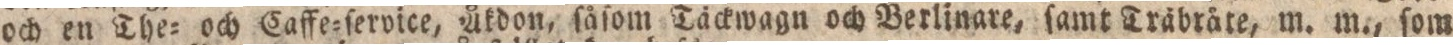
och en The= och Caffe=ſervice, Åkdon, ſåſom Täckwagn och Berlinare, ſamt Träbråte, m. m., ſom